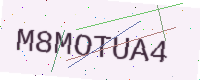
Text: M8MOTUA4